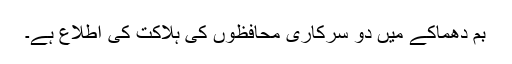
بم دھماکے میں دو سرکاری محافظوں کی ہلاکت کی اطلاع ہے۔